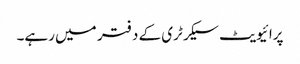
پرائیویٹ سیکرٹری کے دفتر میں رہے۔